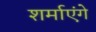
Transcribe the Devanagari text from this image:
शर्माएंगे